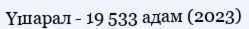
Үшарал - 19 533 адам (2023)